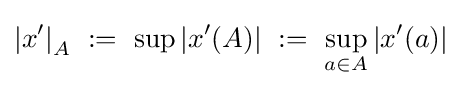
\left|x^{\prime }\right|_{A}~:=~\sup \left|x^{\prime }(A)\right|~:=~\sup _{a\in A}\left|x^{\prime }(a)\right|